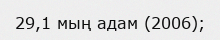
29,1 мың адам (2006);